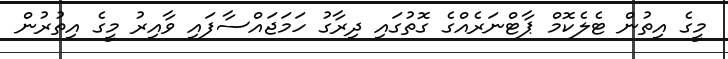
މީގެ އިތުން ޓެލެކޮމް ޕާޓްނަރެއްގެ ގޮތުގައި ދިރާގު ހަމަޖައްސާފައި ވާއިރު މީގެ އިތުރުން